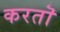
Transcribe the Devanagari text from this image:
करतॊ